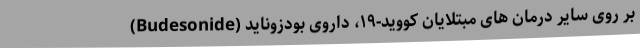
بر روی سایر درمان های مبتلایان کووید-۱۹، داروی بودزوناید (Budesonide)